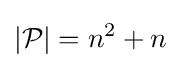
|{\mathcal {P}}|=n^{2}+n